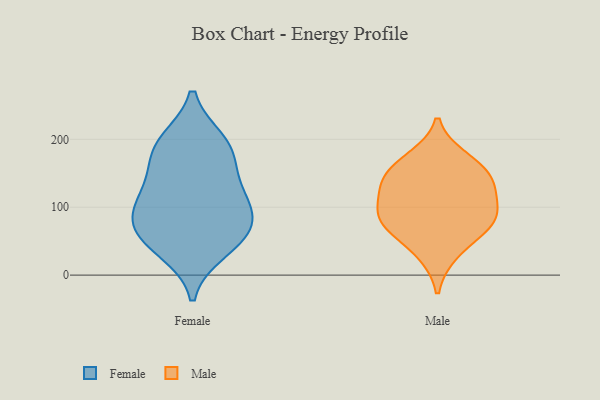
{"axis": {"x": "Churn Rate (%)", "y": "Value"}, "legend": ["Female", "Male"], "data": [{"x": "", "y": 54, "type": "Female"}, {"x": "", "y": 37, "type": "Female"}, {"x": "", "y": 75, "type": "Female"}, {"x": "", "y": 109, "type": "Female"}, {"x": "", "y": 182, "type": "Female"}, {"x": "", "y": 141, "type": "Female"}, {"x": "", "y": 196, "type": "Female"}, {"x": "", "y": 188, "type": "Female"}, {"x": "", "y": 89, "type": "Female"}, {"x": "", "y": 116, "type": "Female"}, {"x": "", "y": 61, "type": "Female"}, {"x": "", "y": 157, "type": "Male"}, {"x": "", "y": 78, "type": "Male"}, {"x": "", "y": 120, "type": "Male"}, {"x": "", "y": 79, "type": "Male"}, {"x": "", "y": 130, "type": "Male"}, {"x": "", "y": 94, "type": "Male"}, {"x": "", "y": 72, "type": "Male"}, {"x": "", "y": 172, "type": "Male"}, {"x": "", "y": 143, "type": "Male"}, {"x": "", "y": 32, "type": "Male"}]}